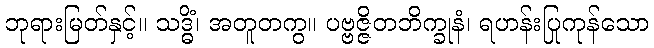
ဘုရားမြတ်နှင့်။ သဒ္ဓိံ၊ အတူတကွ။ ပဗ္ဗဇ္ဇိတဘိက္ခုနံ၊ ရဟန်းပြုကုန်သော